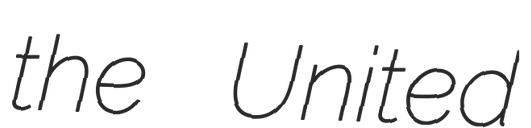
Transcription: the United